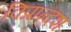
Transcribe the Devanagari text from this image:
विप्रान्दश